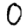
Digit: 0